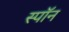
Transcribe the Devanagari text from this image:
स्पॉन